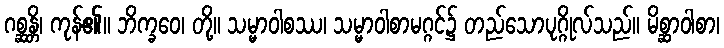
ဂစ္ဆန္တိ၊ ကုန်၏။ ဘိက္ခဝေ၊ တို့။ သမ္မာဝါစဿ၊ သမ္မာဝါစာမဂ္ဂင်၌ တည်သောပုဂ္ဂိုလ်သည်။ မိစ္ဆာဝါစာ၊